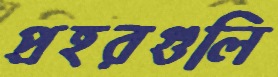
প্রহরগুলি